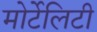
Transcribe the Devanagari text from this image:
मोर्टेलिटी